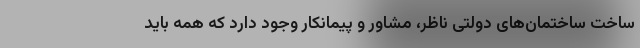
ساخت ساختمان‌های دولتی ناظر، مشاور و پیمانکار وجود دارد که همه باید